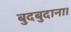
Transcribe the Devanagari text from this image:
बुदबुदाना।